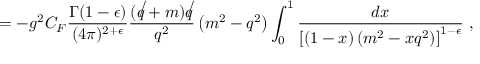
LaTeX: = - g ^ { 2 } C _ { F } \frac { \Gamma ( 1 - \epsilon ) } { ( 4 \pi ) ^ { 2 + \epsilon } } \frac { ( \not q + m ) \not q } { q ^ { 2 } } \left( m ^ { 2 } - q ^ { 2 } \right) \int _ { 0 } ^ { 1 } \frac { d x } { \left[ ( 1 - x ) \left( m ^ { 2 } - x q ^ { 2 } \right) \right] ^ { 1 - \epsilon } } ~ ,